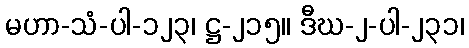
မဟာ-သံ-ပါ-၁၂၃၊ ဋ္ဌ-၂၁၅။ ဒီဃ-၂-ပါ-၂၃၁၊